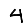
Digit: 4